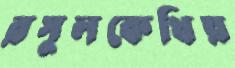
রসুলকেথিয়